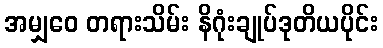
အမျှဝေ တရားသိမ်း နိဂုံးချုပ်ဒုတိယပိုင်း